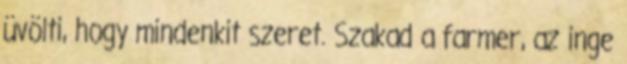
üvölti, hogy mindenkit szeret. Szakad a farmer, az inge